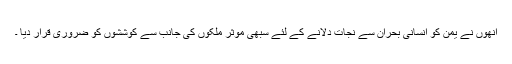
انھوں نے یمن کو انسانی بحران سے نجات دلانے کے لئے سبھی موثر ملکوں کی جانب سے کوششوں کو ضروری قرار دیا ۔